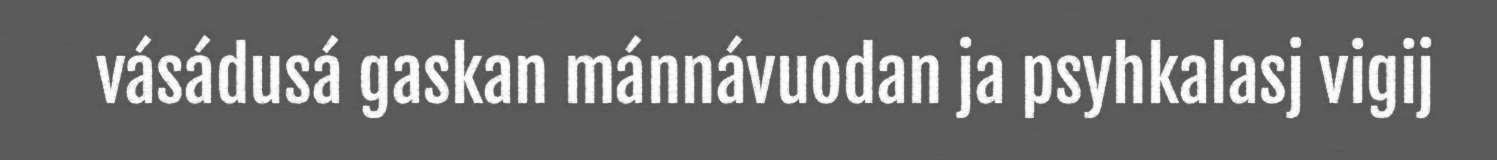
vásádusá gaskan mánnávuodan ja psyhkalasj vigij